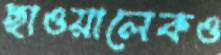
ছাওয়ালেকও